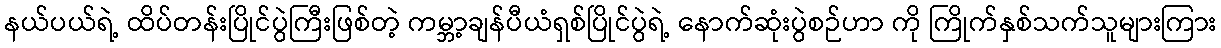
နယ်ပယ်ရဲ့ ထိပ်တန်းပြိုင်ပွဲကြီးဖြစ်တဲ့ ကမ္ဘာ့ချန်ပီယံရှစ်ပြိုင်ပွဲရဲ့ နောက်ဆုံးပွဲစဉ်ဟာ ကို ကြိုက်နှစ်သက်သူများကြား